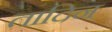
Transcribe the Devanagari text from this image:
तादिन